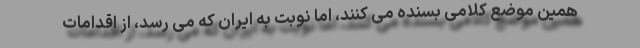
همین موضع کلامی بسنده می کنند، اما نوبت به ایران که می رسد، از اقدامات